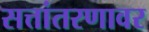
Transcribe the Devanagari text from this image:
सत्तांतरणावर